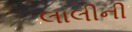
લાલીની